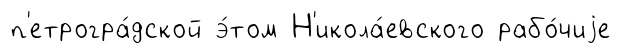
п'етрогра́дской э́том Н'икола́евского рабо́чиjе